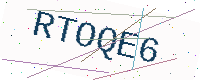
Text: RTOQE6